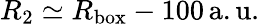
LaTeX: R_{2}\simeq R_{\mathrm{box}}-100\, \mathrm{a.u.}